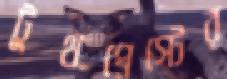
টুথপেস্টের